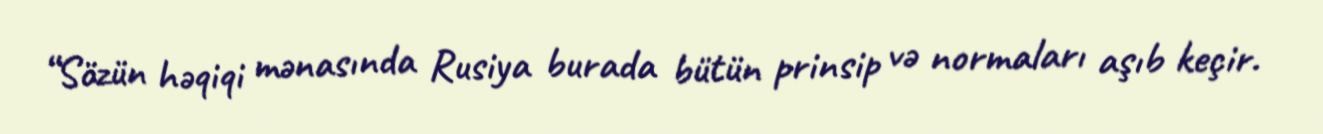
“Sözün həqiqi mənasında Rusiya burada bütün prinsip və normaları aşıb keçir.